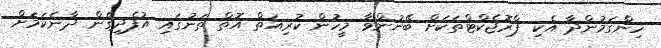
ހިންގަމުންދާ އެކި ޕްރޮޖެކްޓްތަކަށް ބޭނުންވާ މީހުން ކުރިއަތް އޮތް ތަނުގައި އުފެދިގެން ދާނެކަމަށް